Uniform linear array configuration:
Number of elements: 16
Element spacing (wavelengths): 1
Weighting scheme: exponential
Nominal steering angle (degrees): -45
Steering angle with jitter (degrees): -44.553
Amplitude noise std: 0.05
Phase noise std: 0.05

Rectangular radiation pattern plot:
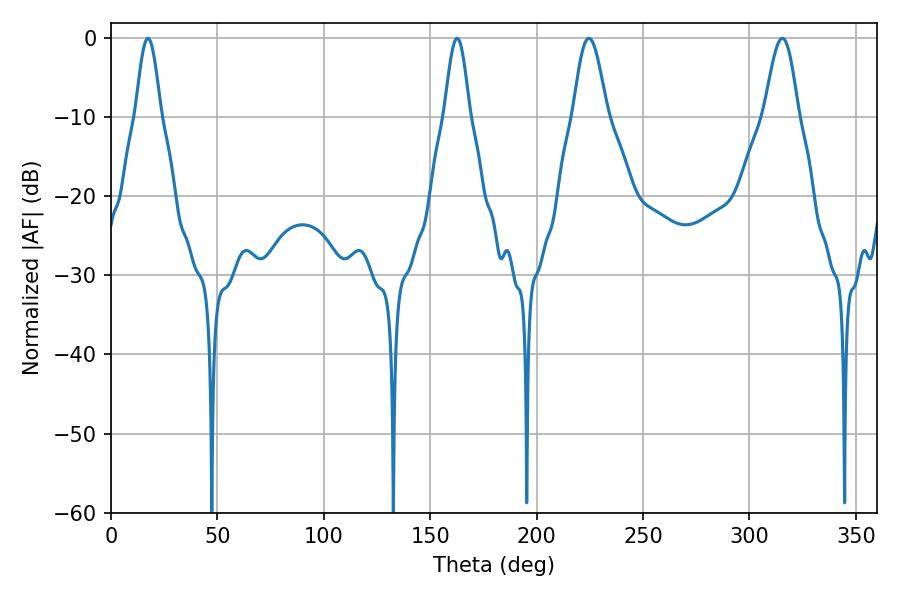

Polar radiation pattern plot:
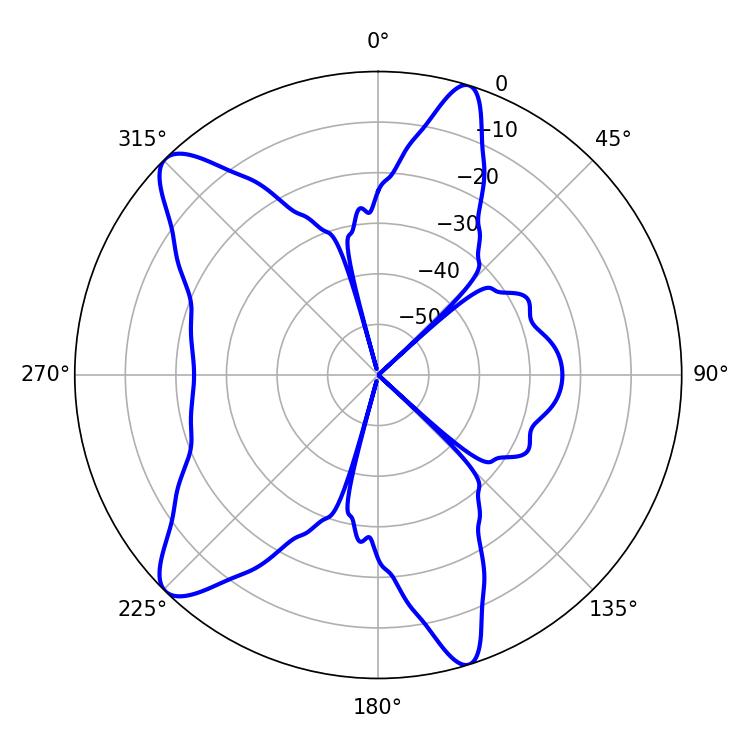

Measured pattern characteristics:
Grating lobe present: TRUE
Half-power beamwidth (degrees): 8.46
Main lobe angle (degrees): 224.46